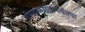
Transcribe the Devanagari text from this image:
गोपाळगडापर्यंतचा